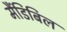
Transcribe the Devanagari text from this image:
मैंडिबिल